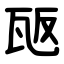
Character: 瓪